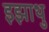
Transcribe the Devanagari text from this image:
इझाथु